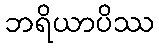
ဘရိယာပိဿ